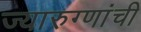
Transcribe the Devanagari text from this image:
ज्यारुग्णांची